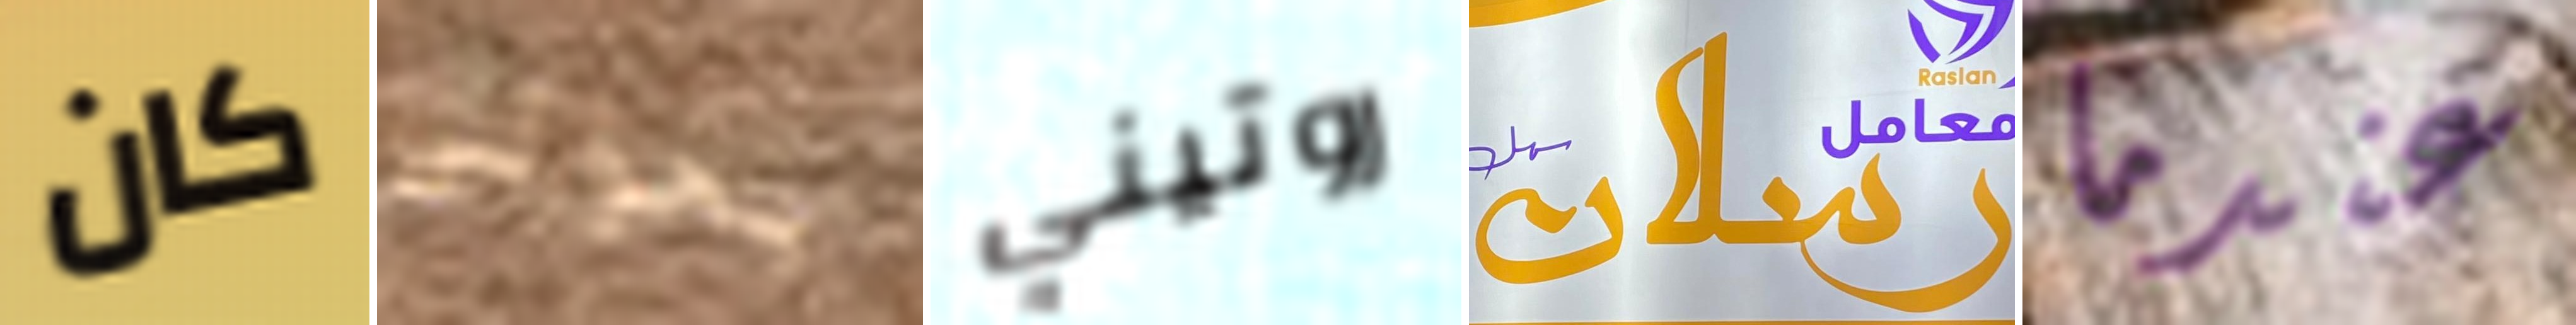
كان بحوالي روتيني رسلان عندما